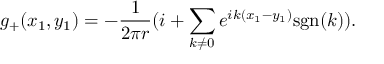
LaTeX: g _ { + } ( x _ { 1 } , y _ { 1 } ) = - \frac { 1 } { 2 \pi r } ( i + \sum _ { k \neq 0 } e ^ { i k ( x _ { 1 } - y _ { 1 } ) } \mathrm { s g n } ( k ) ) .